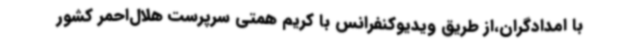
با امدادگران،از طریق ویدیوکنفرانس با کریم همتی سرپرست هلال‌احمر کشور